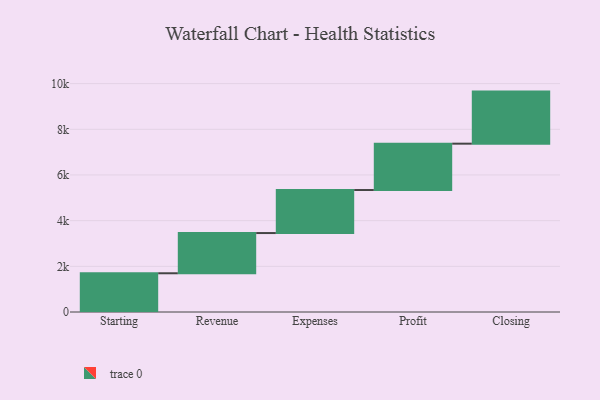
{"axis": {"x": "Step", "y": "Value"}, "legend": [""], "data": [{"x": "Starting", "y": 1696.0, "type": ""}, {"x": "Revenue", "y": 1761.0, "type": ""}, {"x": "Expenses", "y": 1884.0, "type": ""}, {"x": "Profit", "y": 2030.0, "type": ""}, {"x": "Closing", "y": 2280.0, "type": ""}]}